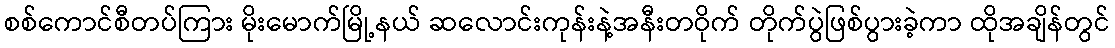
စစ်ကောင်စီတပ်ကြား မိုးမောက်မြို့နယ် ဆလောင်းကုန်းနဲ့အနီးတဝိုက် တိုက်ပွဲဖြစ်ပွားခဲ့ကာ ထိုအချိန်တွင်